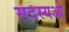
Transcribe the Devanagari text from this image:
सदस्यओ